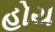
હોય